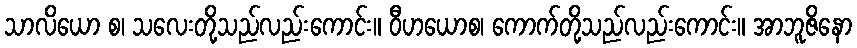
သာလိယော စ၊ သလေးတို့သည်လည်းကောင်း။ ဝီဟယောစ၊ ကောက်တို့သည်လည်းကောင်း။ အာဘူဇိနော